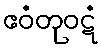
ဧဝံတုဝဋံ